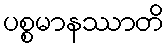
ပစ္စမာနဿာတိ